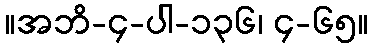
။အဘိ-၄-ပါ-၁၃၆၊ ၄-၆၅။